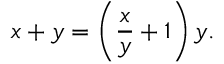
x + y = \left( { \frac { x } { y } } + 1 \right) y .